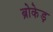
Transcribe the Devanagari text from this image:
ब्रोकेड़